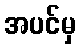
အပင်မှ